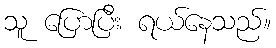
သူ ပြောပြီး ရယ်နေသည်။